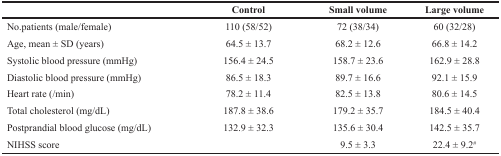
<table><thead><tr><td></td><td><b>Control</b></td><td><b>Small volume</b></td><td><b>Large volume</b></td></tr></thead><tbody><tr><td>No.patients (male/female)</td><td>110 (58/52)</td><td>72 (38/34)</td><td>60 (32/28)</td></tr><tr><td>Age, mean ± SD (years)</td><td>64.5 ± 13.7</td><td>68.2 ± 12.6</td><td>66.8 ± 14.2</td></tr><tr><td>Systolic blood pressure (mmHg)</td><td>156.4 ± 24.5</td><td>158.7 ± 23.6</td><td>162.9 ± 28.8</td></tr><tr><td>Diastolic blood pressure (mmHg)</td><td>86.5 ± 18.3</td><td>89.7 ± 16.6</td><td>92.1 ± 15.9</td></tr><tr><td>Heart rate (/min)</td><td>78.2 ± 11.4</td><td>82.5 ± 13.8</td><td>80.6 ± 14.5</td></tr><tr><td>Total cholesterol (mg/dL)</td><td>187.8 ± 38.6</td><td>179.2 ± 35.7</td><td>184.5 ± 40.4</td></tr><tr><td>Postprandial blood glucose (mg/dL)</td><td>132.9 ± 32.3</td><td>135.6 ± 30.4</td><td>142.5 ± 35.7</td></tr><tr><td>NIHSS score</td><td></td><td>9.5 ± 3.3</td><td>22.4 ± 9.2<sup>#</sup></td></tr></tbody></table>